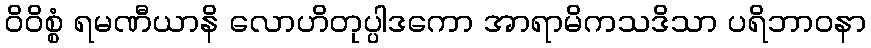
ဝိဝိစ္စံ ရမဏီယာနိ လောဟိတုပ္ပါဒကော အာရာမိကသဒိသာ ပရိဘာဝနာ